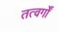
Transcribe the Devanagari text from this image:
तत्वर्गों